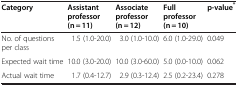
| Category | Assistant professor (n = 11) | Associate professor (n = 12) | Full professor (n = 10) | p-value* |
 | --- | --- | --- | --- | --- |
 | No. of questions per class | 1.5 (1.0-20.0) | 3.0 (1.0-10.0) | 6.0 (1.0-29.0) | 0.049 |
 | Expected wait time | 10.0 (3.0-20.0) | 10.0 (3.0-60.0) | 5.0 (0.0-10.0) | 0.062 |
 | Actual wait time | 1.7 (0.4-12.7) | 2.9 (0.3-12.4) | 2.5 (0.2-23.4) | 0.278 |